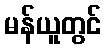
မန်ယူတွင်